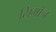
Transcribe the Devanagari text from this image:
सिमोज